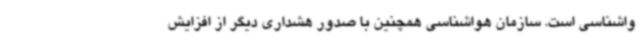
واشناسی است. سازمان هواشناسی همچنین با صدور هشداری دیگر از افزایش